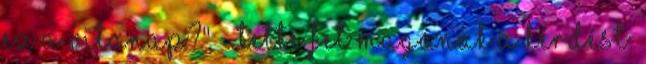
ez a vitanap?" - tette fel magának a kérdést.